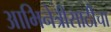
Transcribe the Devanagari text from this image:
आभिनेत्रीसाठीचा